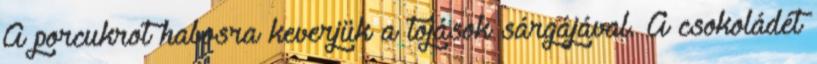
A porcukrot habosra keverjük a tojások sárgájával. A csokoládét